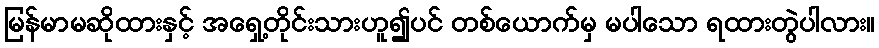
မြန်မာမဆိုထားနှင့် အရှေ့တိုင်းသားဟူ၍ပင် တစ်ယောက်မှ မပါသော ရထားတွဲပါလား။